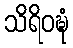
သိရိဝဍ္ဎံ